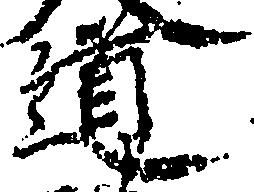
道